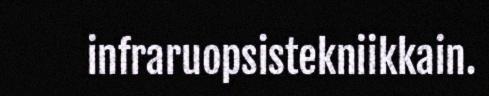
infraruopsistekniikkain.